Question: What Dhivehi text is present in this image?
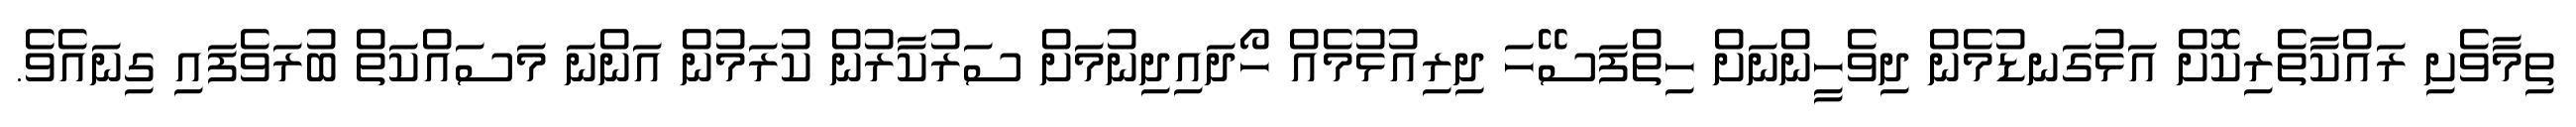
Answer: ތިމާވެށި ރައްކާތެރިކޮށް އަޅުގަނޑުމެން ދިވެހީންނަށް ހިތްފަސޭހަ ދިރިއުޅުމެއް ހޯދައިދިނުމަށް ސަރުކާރުން ކުރަމުން އަންނަ މަސައްކަތް ބުރަވެފައި ގިނައެވެ.